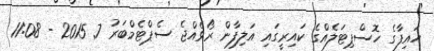
ހައިފާގެ ހޮސްޕިޓަލެއްގެ ކައިރީގައި އަލިފާން ރޯވެއްޖެ ސެޕްޓެމްބަރު 7